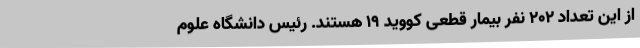
از این تعداد 202 نفر بیمار قطعی کووید 19 هستند. رئیس دانشگاه علوم